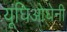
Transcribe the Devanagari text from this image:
यूघिओघेनी